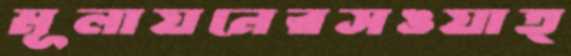
মূলায়নেরসঙযাত্